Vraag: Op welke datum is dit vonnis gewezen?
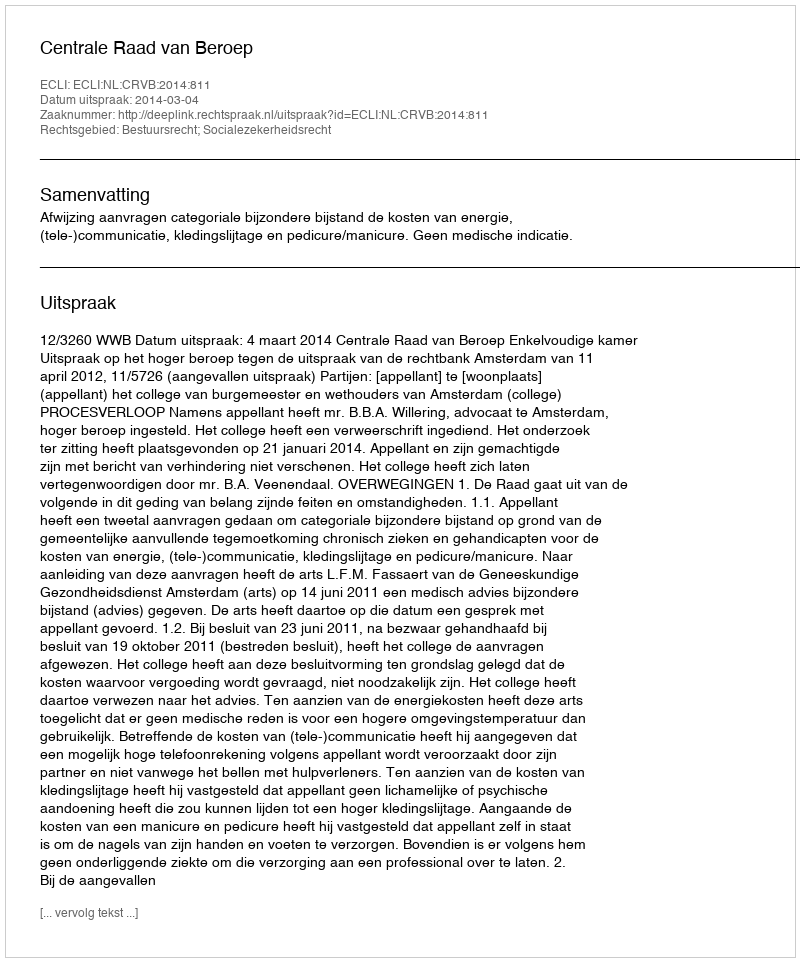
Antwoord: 2014-03-04